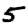
Digit: 5